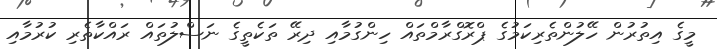
މީގެ އިތުރުން ހޭލުންތެރިކަމުގެ ޕްރޮގްރާމްތައް ހިންގުމާއި ދިރޭ ތަކެތީގެ ނަސްލުތައް ރައްކާތެރި ކުރުމާއި